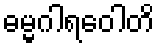
ဓမ္မဂါရဝေါတိ